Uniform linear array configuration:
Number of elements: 32
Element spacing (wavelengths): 1
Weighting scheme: hann
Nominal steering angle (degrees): -45
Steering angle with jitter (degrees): -45.551
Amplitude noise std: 0.05
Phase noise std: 0.05

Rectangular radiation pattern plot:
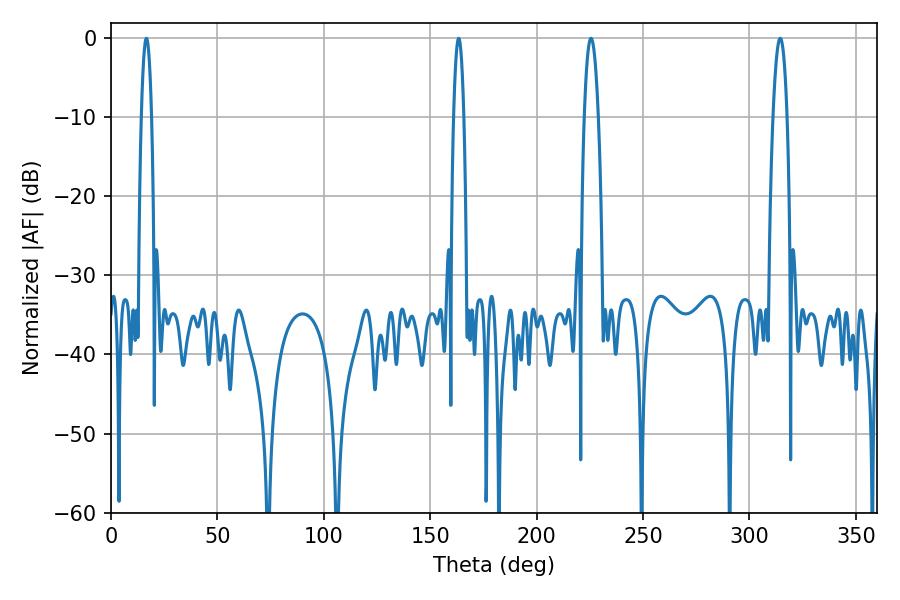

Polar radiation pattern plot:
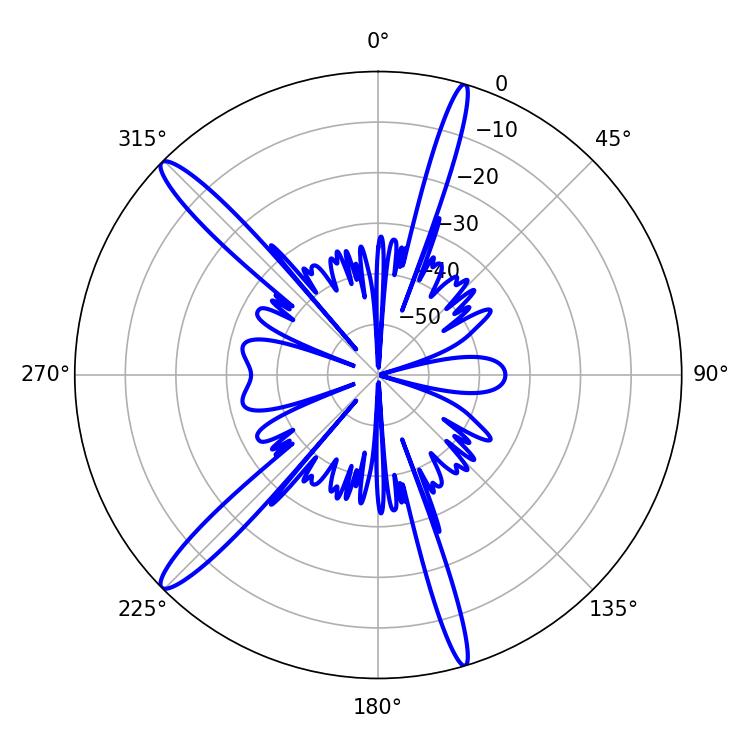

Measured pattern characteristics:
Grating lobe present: TRUE
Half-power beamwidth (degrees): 3.6
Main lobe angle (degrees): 225.54